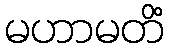
မဟာမတိံ